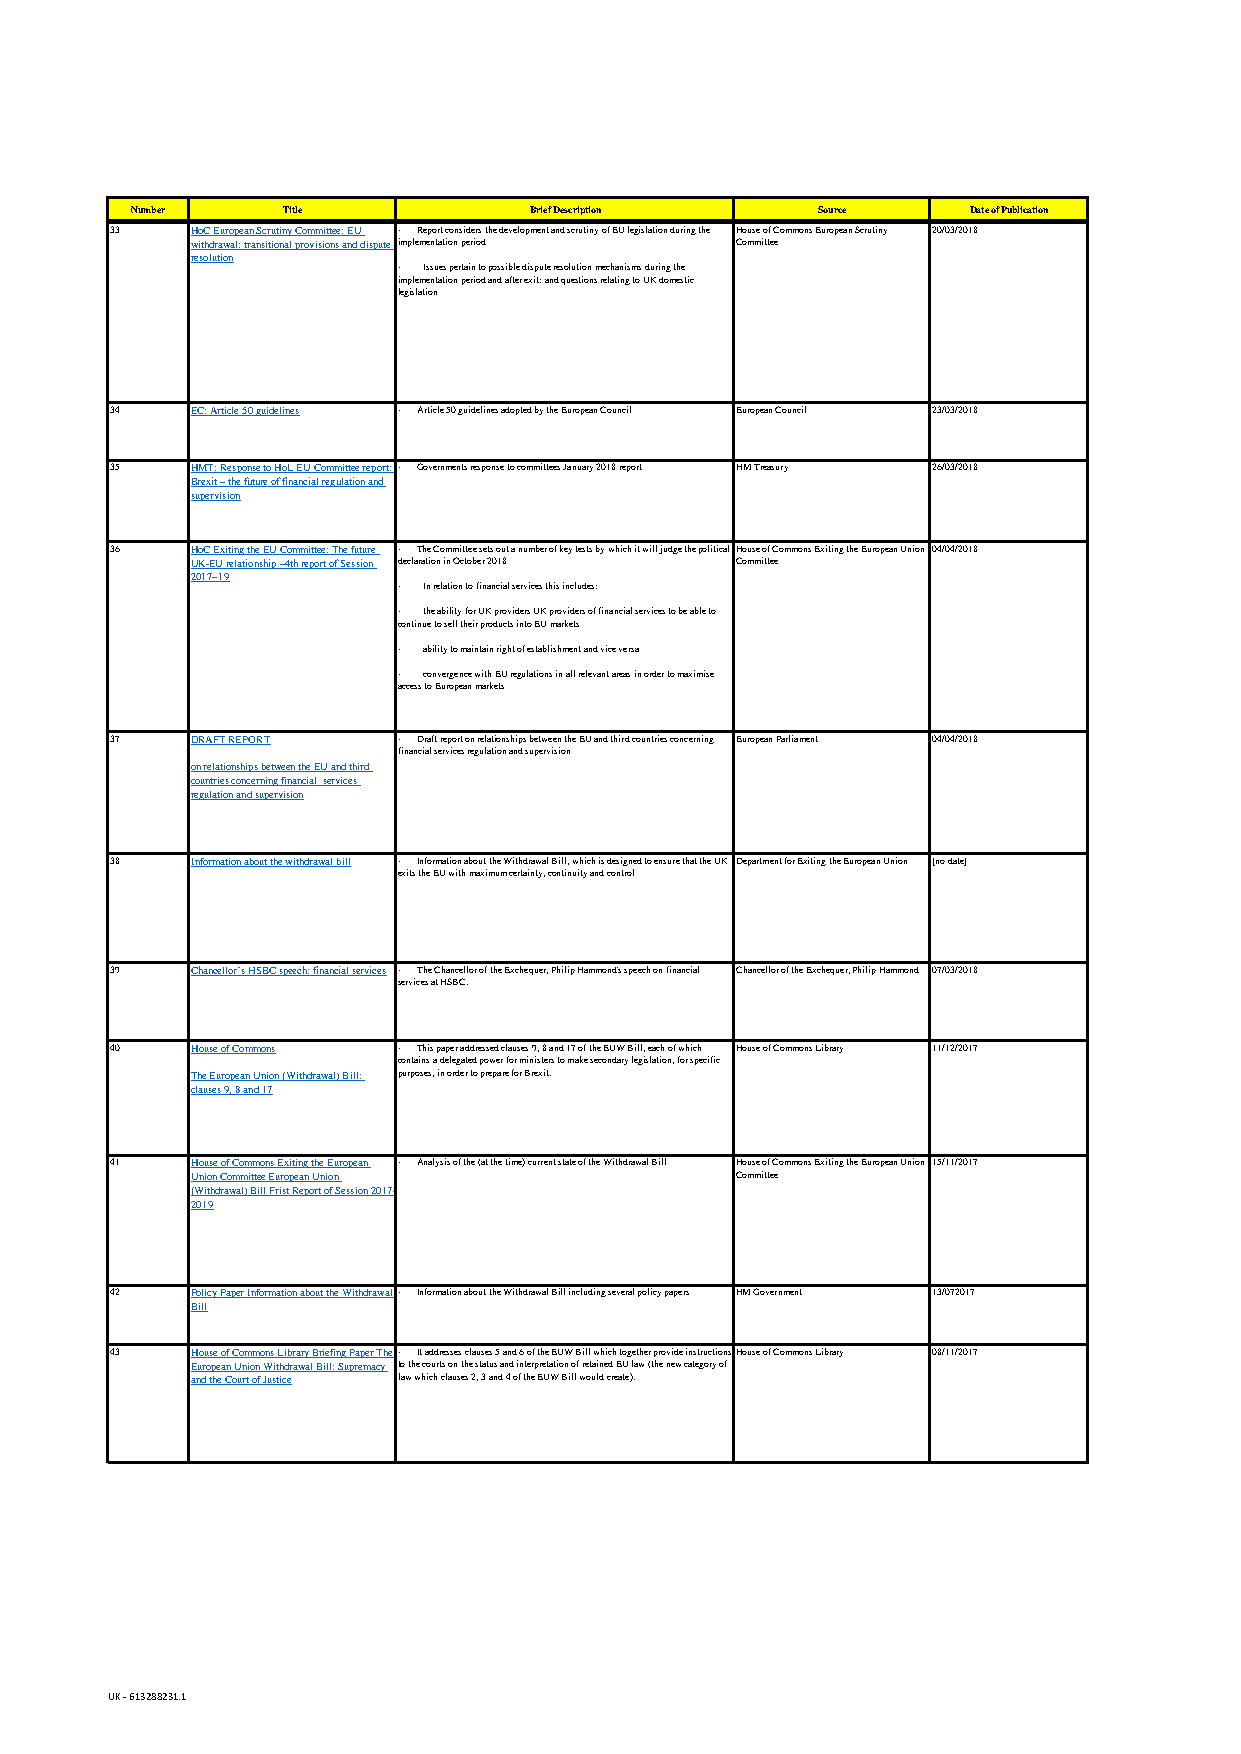
Number    Title           Brief Description  Source    Date of Publication
 33    HoC European Scrutiny Committee: EU · Report considers the development and scrutiny of EU legislation during the House of Commons European Scrutiny 20/03/2018
 withdrawal: transitional provisions and dispute implementation period Committee
 resolution
 · Issues pertain to possible dispute resolution mechanisms during the
 implementation period and after exit; and questions relating to UK domestic
 legislation
 34    EC: Article 50 guidelines · Article 50 guidelines adopted by the European Council European Council 23/03/2018
 35    HMT: Response to HoL EU Committee report: · Governments response to committees January 2018 report HM Treasury 26/03/2018
 Brexit – the future of financial regulation and
 supervision
 36    HoC Exiting the EU Committee: The future · The Committee sets out a number of key tests by which it will judge the political House of Commons Exiting the European Union 04/04/2018
 UK-EU relationship –4th report of Session declaration in October 2018 Committee
 2017–19
 · In relation to financial services this includes:
 · the ability for UK providers UK providers of financial services to be able to
 continue to sell their products into EU markets
 · ability to maintain right of establishment and vice versa
 · convergence with EU regulations in all relevant areas in order to maximise
 access to European markets
 37    DRAFT REPORT · Draft report on relationships between the EU and third countries concerning European Parliament 04/04/2018
 financial services regulation and supervision
 on relationships between the EU and third
 countries concerning financial services
 regulation and supervision
 38    Information about the withdrawal bill · Information about the Withdrawal Bill, which is designed to ensure that the UK Department for Exiting the European Union [no date]
 exits the EU with maximum certainty, continuity and control
 39    Chancellor’s HSBC speech: financial services · The Chancellor of the Exchequer, Philip Hammond's speech on financial Chancellor of the Exchequer, Philip Hammond 07/03/2018
 services at HSBC.
 40    House of Commons · This paper addressed clauses 9, 8 and 17 of the EUW Bill, each of which House of Commons Library 11/12/2017
 contains a delegated power for ministers to make secondary legislation, for specific
 The European Union (Withdrawal) Bill: purposes, in order to prepare for Brexit.
 clauses 9, 8 and 17
 41    House of Commons Exiting the European · Analysis of the (at the time) current state of the Withdrawal Bill House of Commons Exiting the European Union 15/11/2017
 Union Committee European Union      Committee
 (Withdrawal) Bill Frist Report of Session 2017-
 2019
 42    Policy Paper Information about the Withdrawal · Information about the Withdrawal Bill including several policy papers HM Government 13/072017
 Bill
 43    House of Commons Library Briefing Paper The · It addresses clauses 5 and 6 of the EUW Bill which together provide instructions House of Commons Library 08/11/2017
 European Union Withdrawal Bill: Supremacy to the courts on the status and interpretation of retained EU law (the new category of
 and the Court of Justice law which clauses 2, 3 and 4 of the EUW Bill would create).
 UK - 613288231.1